Civil Veterinary Dept. Bombay admin report 1907-1913 - 1907-1913
Year: 1907
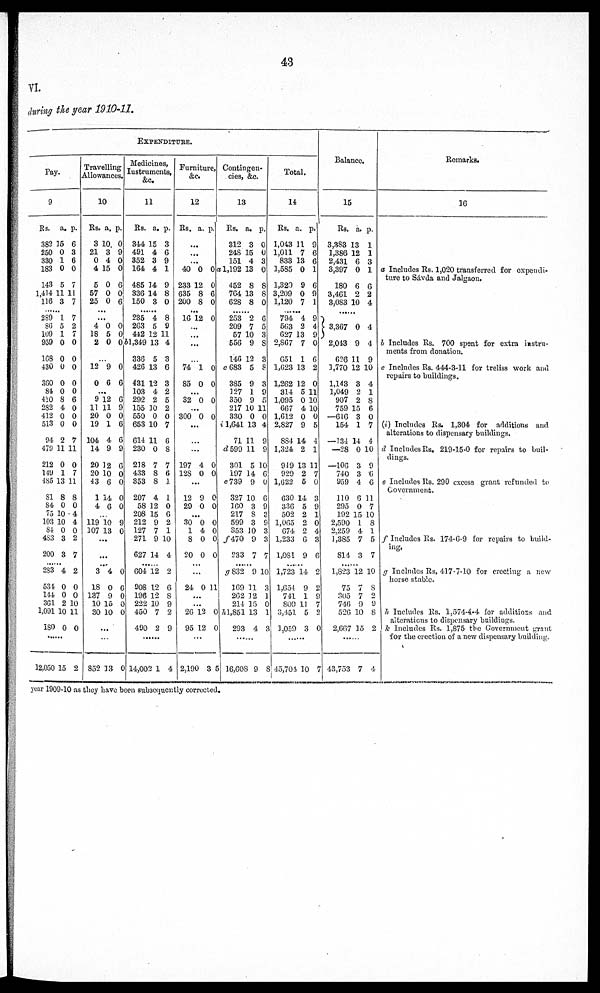
43
VI.
during the year 1910-11.
EXPENDITURE.
Pay.
9
Rs. a. p.
382 15 6
250 0 3
330 1 6
183 0 0
143 5 7
1,414 11 11
116 3 7
......
289 1 7
86 5 2
109 1 7
959 0 0
168 0 0
430 0 0
360 0 0
84 0 0
410 8 6
282 4 0
412 0 0
513 0 0
94 2 7
479 11 11
212 0 0
149 1 7
485 13 11
81 8 8
84 0 0
75 10 4
103 10 4
84 0 0
483 3 2
200 3 7
......
283 4 2
531 0 0
114 0 0
301 2 10
1,091 10 11
180 0 0
......
12,050 15 2
Travelling
Allowances.
10
Rs. a. p.
3 10. 0
21 3 9
0 4 0
4 15 0
5 0 6
57 0 0
25 0 6
...
...
4 0 0
18 5 0
2 0 0
12 9 0
0 6 6
...
9 12 6
11 11 0
20 0 0
19 1 6
104 4 6
14 9 9
20 12 6
20 10 0
43 6 0
1 14 0
4 6 0
...
119 10 9
107 13 0
...
...
......
3 4 0
18 0 0
137 0 0
10 15 0
30 10 0
...
...
852 33
Medicines,
Instruments,
&c.
11
Rs. a. p.
344 15 3
491 4 6
352 3 9
164 4 1
485 14 9
336 14 8
150 3 0
......
235 4 8
203 5 9
442 12 11
61,349 13 4
336 5 3
426 13 6
431 12 3
103 4 2
292 2 5
155 10 2
550 0 0
653 10 7
614 11 6
230 0 8
218 7 7
433 8 6
353 8 1
207 4 1
58 12 0
208 15 6
212 9 2
127 7 1
271 9 10
627 14 4
......
604 12 2
908 12 6
196 12 8
222 10 9
450 7 2
490 2 9
......
14,002 1 4
Furniture,
&c.
12
Rs. a. p.
...
...
...
40 0 0
233 12 0
635 8 6
200 8 0
...
16 12 0
...
...
...
...
74 1 0
85 0 0
...
32 0 0
...
300 0 0
...
...
...
197 4 0
12S 0 0
...
12 9 0
29 0 0
...
30 0 0
1 4 0
8 0 0
20 0 0
...
... 24 0 11
...
...
26 12 0
95 12 0
...
2,190 3
Contingen-
cies, &c.
13
Rs. a. p.
312 3 0
248 15 0
151 4 3
a1,192 13 0
452 8 8
764 13 8
628 8 0
......
253 2 6
209 7 5
57 10 3
556 9 8
146 12 3
c683 5 8
385 9 3
127 1 9
350 9 5
217 10 11
330 0 0
1,641 13 4
71 11 9
d 599 11 9
301 5 10
197 14 6
e 739 9 0
327 10 6
160 3 9
217 8 3
599 3 9
353 10 3
f 470 9 3
233 7 7
......
g 832 9 10
169 11 3
262 12 1
214 15 0
h 1,851 13 1
293 4 3
......
5 16,608 9 8
Total.
14
Rs. a. p,
1,043 11 9
1,011 7 6
833 13 6
1,585 0 1
1,320 9 6
3,209 0 9
1,120 7 1
......
794 4 9
563 2 4
627 13 9
2,867 7 0
651 1 6
1,623 13 2
1,262 12 0
314 5 11
1,095 0 10
667 4 10
1,612 0 0
2,827 9 5
884 14 4
1,324 2 1
919 13 11
929 2 7
1,622 5 0
630 14 3
336 5 9
502 2 1
1,065 2 0
074 2 4
1,233 6 3
1,081 9 6
......
1,723 14 2
1,654 9 2
741 1 9
809 11 7
3,451 5 2
1
1,059
3 0
......
45,701 10 7
Balance.
15
Rs. a. p.
3,383 13 1
1,386 12 1
2,431 6 3
3,397 0 1
180 6 6
3,461 2 2
3,083 10 4
......
3,367 0 4
2,013 9 4
626 11 9
1,770 12 10
1,143 3 4
1,049 2 1
907 2 8
759 15 6
—616 3 0
154 1 7
—134 14 4
—28 0 10
—106 3 9
740 3 6
959 4 6
110 6 11
295 0 7
192 15 10
2,590 1 8
2,259 4 1
1,385 7 5
814 3 7
......
1,823 12 10
75 7 8
305 7 2
740 9 9
526 10 8
2,667 15 2
......
7 43,753 7 4
Remarks.
16
a Includes Rs. 1,020 transferred for expendi-
ture to Sávda and Jalgaon,
b Includes Rs. 700 spent for extra instru-
ments from donation.
c Includes Rs. 444-3-11 for treliss work and
repairs to buildings.
(i) Includes Rs. 1,304 for additions and
alterations to dispensary buildings.
d Includes Rs, 219-15-0 for repairs to buil-
dings.
e Includes Rs. 290 excess grant refunded to
Government.
f Includes Rs. 174-6-9 for repairs to build-
ing.
g Includes Rs. 417-7-10 for erecting a new
horse stable.
h Includes Rs. 1.574-4-4 for additions and
alterations to dispensary buildings.
k Includes Rs. 1,875 the Government grant
for the erection of a new dispensary building.
year 1909-10 as they have been subsequently corrected.